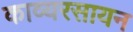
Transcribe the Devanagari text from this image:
काव्यरसायन